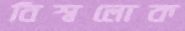
বিশ্বলোক